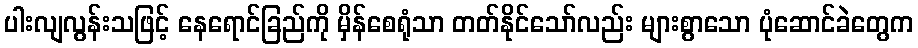
ပါးလျလွန်းသဖြင့် နေရောင်ခြည်ကို မှိန်စေရုံသာ တတ်နိုင်သော်လည်း များစွာသော ပုံဆောင်ခဲတွေက